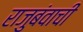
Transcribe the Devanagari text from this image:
राजुबंवाची